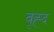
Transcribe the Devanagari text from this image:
वृह्द